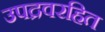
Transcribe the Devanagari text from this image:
उपद्रवरहित